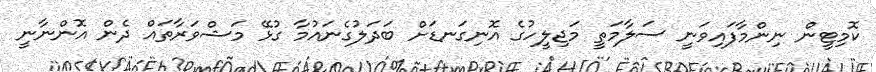
ކޮމިޓީން ނިންމާފައިވަނީ ސަލާމަތީ މަޖިލީހުގެ އޮނިގަނޑަށް ބަދަލުގެނައުމާ ގުޅޭ މަޝްވަރާތައް ދެން އޮންނާނީ